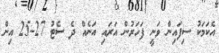
އެކަމަކު ސިފައިން ވަނީ ފަހަރުން އަރައި އަނެއް ދެ ސެޓު 27-25 އިން